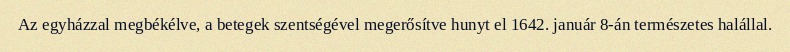
Az egyházzal megbékélve, a betegek szentségével megerősítve hunyt el 1642. január 8-án természetes halállal.